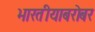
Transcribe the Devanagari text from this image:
भारतीयाबरोबर